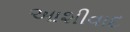
આશીવાદ